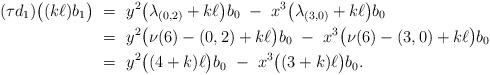
LaTeX: \begin{align*}(\tau d_1)\bigl((k\ell) b_1\bigr)\ &= \ y^2\bigl(\lambda_{(0,2)} + k\ell\bigr)b_0 \ - \ x^3\bigl(\lambda_{(3,0)} + k\ell\bigr)b_0 \\ &= \ y^2\bigl(\nu(6)-(0,2) + k\ell\bigr)b_0 \ - \ x^3\bigl(\nu(6)-(3,0) + k\ell\bigr)b_0 \\ &= \ y^2\bigl((4+k)\ell\bigr)b_0\ - \ x^3\bigl((3+k)\ell\bigr)b_0. \end{align*}